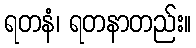
ရတနံ၊ ရတနာတည်း။